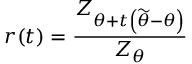
r ( t ) = \frac { Z _ { \theta + t \left( \widetilde { \theta } - \theta \right) } } { Z _ { \theta } }